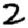
Digit: 2